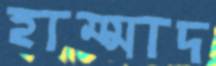
হাম্মাদ